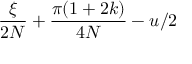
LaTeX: \frac { \xi } { 2 N } + \frac { \pi ( 1 + 2 k ) } { 4 N } - u / 2